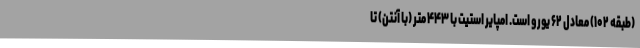
(طبقه ۱۰۲) معادل ۶۲ یورو است. امپایر استیت با ۴۴۳ متر (با آنتن) تا